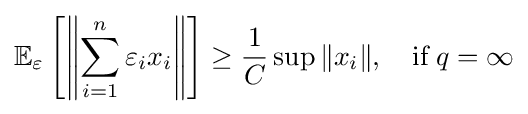
\mathbb {E} _{\varepsilon }\left[\left\|\sum \limits _{i=1}^{n}\varepsilon _{i}x_{i}\right\|\right]\geq {\frac {1}{C}}\sup \|x_{i}\|,\quad {\text{if}}\;q=\infty